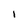
Character: I